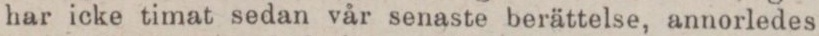
har icke timat sedan vår senaste berättelse, annorledes